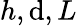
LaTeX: h,\mathrm{d},L